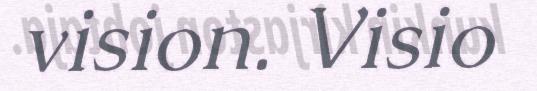
vision. Visio